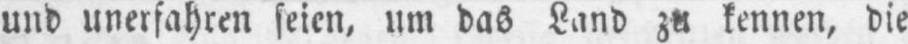
und unerfahren seien, um das Land zu kennen, die